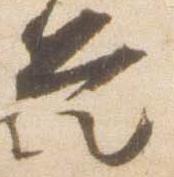
是